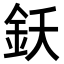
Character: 𨥜